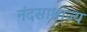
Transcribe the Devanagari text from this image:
नंदसाम्राज्य